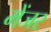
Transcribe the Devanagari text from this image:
मेंजर